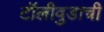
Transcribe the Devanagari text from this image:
टॉलीवुडाची